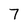
Character: 7